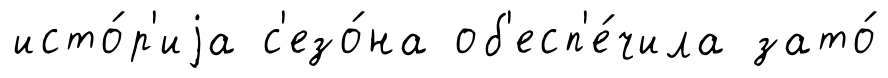
исто́р'иjа с'езо́на об'есп'е́чила зато́